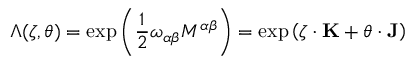
\Lambda ( { \boldsymbol { \zeta } } , { \boldsymbol { \theta } } ) = \exp \left( { \frac { 1 } { 2 } } \omega _ { \alpha \beta } M ^ { \alpha \beta } \right) = \exp \left( { \boldsymbol { \zeta } } \cdot \mathbf { K } + { \boldsymbol { \theta } } \cdot \mathbf { J } \right)